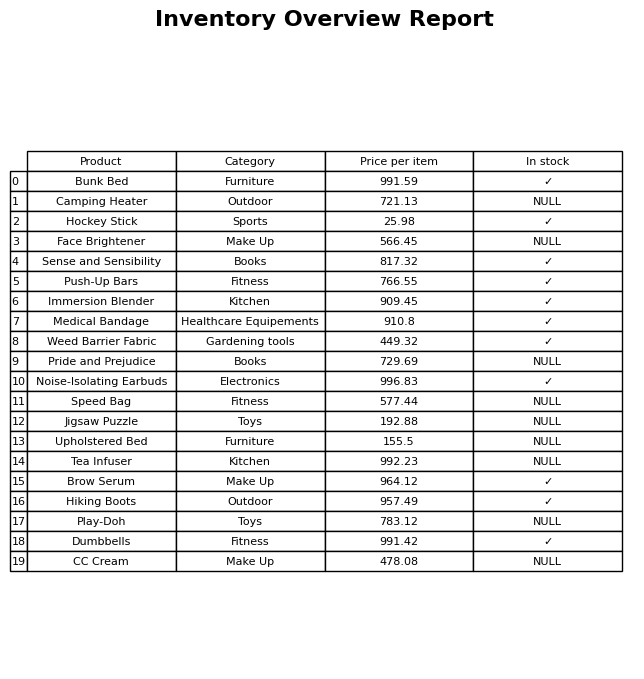
question: What is the price for Brow Serum?
answer: The price of Brow Serum is 964.12.